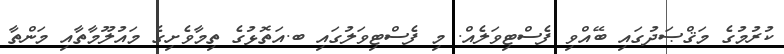
ކުރުމުގެ މަޤްޞަދުގައި ބޭއްވި ފެސްޓިވަލެއް. މި ފެސްޓިވަލުގައި ބ.އަތޮޅުގެ ތިމާވެށިގެ މައުލޫމާތާއި މަންތާ